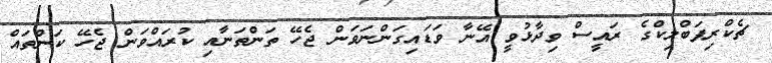
ޗެކްރިޕަބްލިކްގެ ރައީސް ވިދާޅުވީ އޭނާ ވަޑައިގަންނަވަން ޖެހޭ ތަންތަނާއި ކުރައްވަން ޖެހޭ ކަންތައް